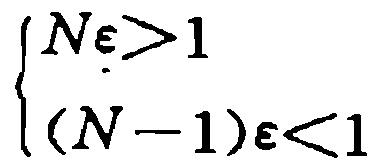
\[\begin{cases}
N\varepsilon > 1 \\
(N - 1)\varepsilon < 1
\end{cases}\]